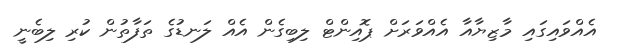
އެއްވައިގައި މާޒިޔާއާ އެއްވަރަށް ޕޮއިންޓް ލިބިގެން އެއް ލަނޑުގެ ތަފާތުން ކުރި ލިބެނީ